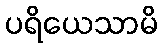
ပရိယေသာမိ